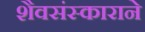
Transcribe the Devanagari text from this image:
शैवसंस्काराने